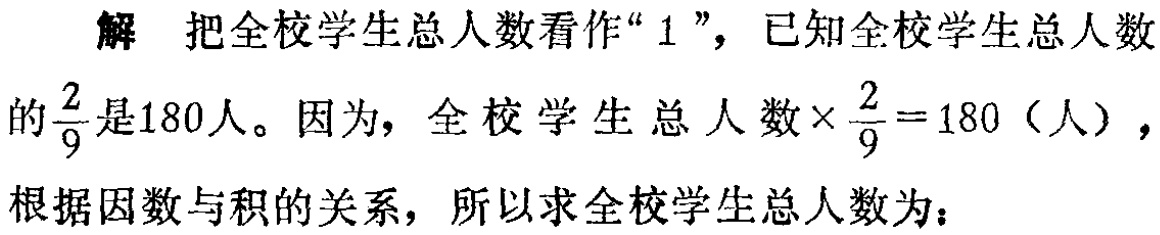
解 把全校学生总人数看作“$1$”，已知全校学生总人数

的$\frac{2}{9}$是180人。因为，全校学生总人数$\times\frac{2}{9}=180$（人），

根据因数与积的关系，所以求全校学生总人数为：